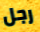
رجل